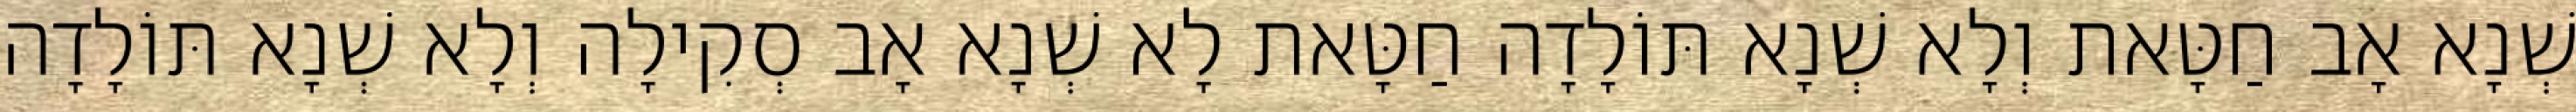
שְׁנָא אָב חַטָּאת וְלָא שְׁנָא תּוֹלָדָה חַטָּאת לָא שְׁנָא אָב סְקִילָה וְלָא שְׁנָא תּוֹלָדָה